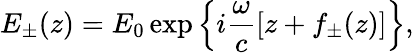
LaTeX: E_{\pm}(z)=E_{0}\exp\left\lbrace i\frac{\omega}{c}\left[z+f_{\pm}(z)\right]\right\rbrace,